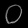
Digit: ၀